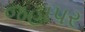
જહાપર